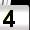
Digit: 4